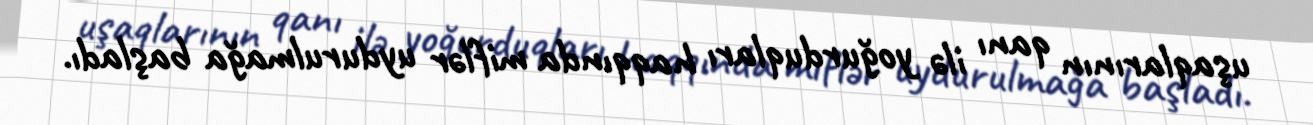
uşaqlarının qanı ilə yoğurduqları haqqında miflər uydurulmağa başladı.